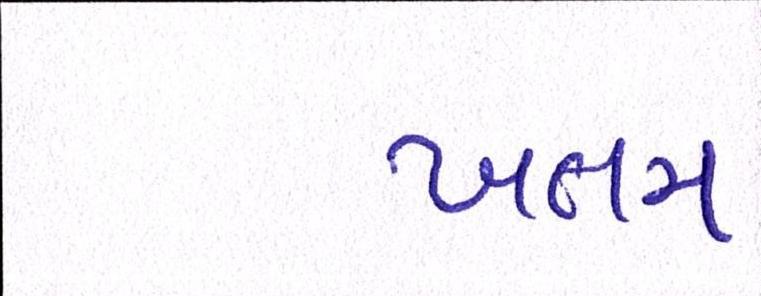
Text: ખતમ